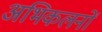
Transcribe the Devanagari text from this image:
अभिकलनों